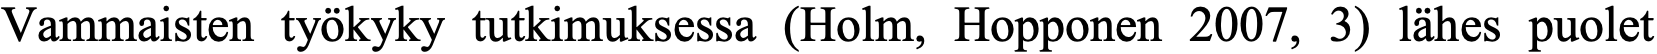
Vammaisten työkyky tutkimuksessa (Holm, Hopponen 2007, 3) lähes puolet